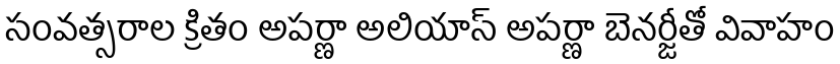
సంవత్సరాల క్రితం అపర్ణా అలియాస్ అపర్ణా బెనర్జీతో వివాహం